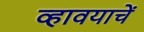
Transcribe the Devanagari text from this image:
व्हावयाचें